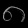
Digit: ၈